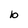
Character: b